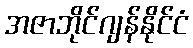
အဇာဘိုင်ဂျန်နိုင်ငံ